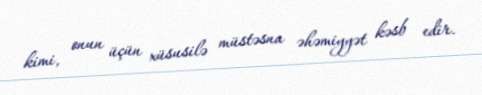
kimi, onun üçün xüsusilə müstəsna əhəmiyyət kəsb edir.